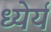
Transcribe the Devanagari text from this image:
ध्येर्य